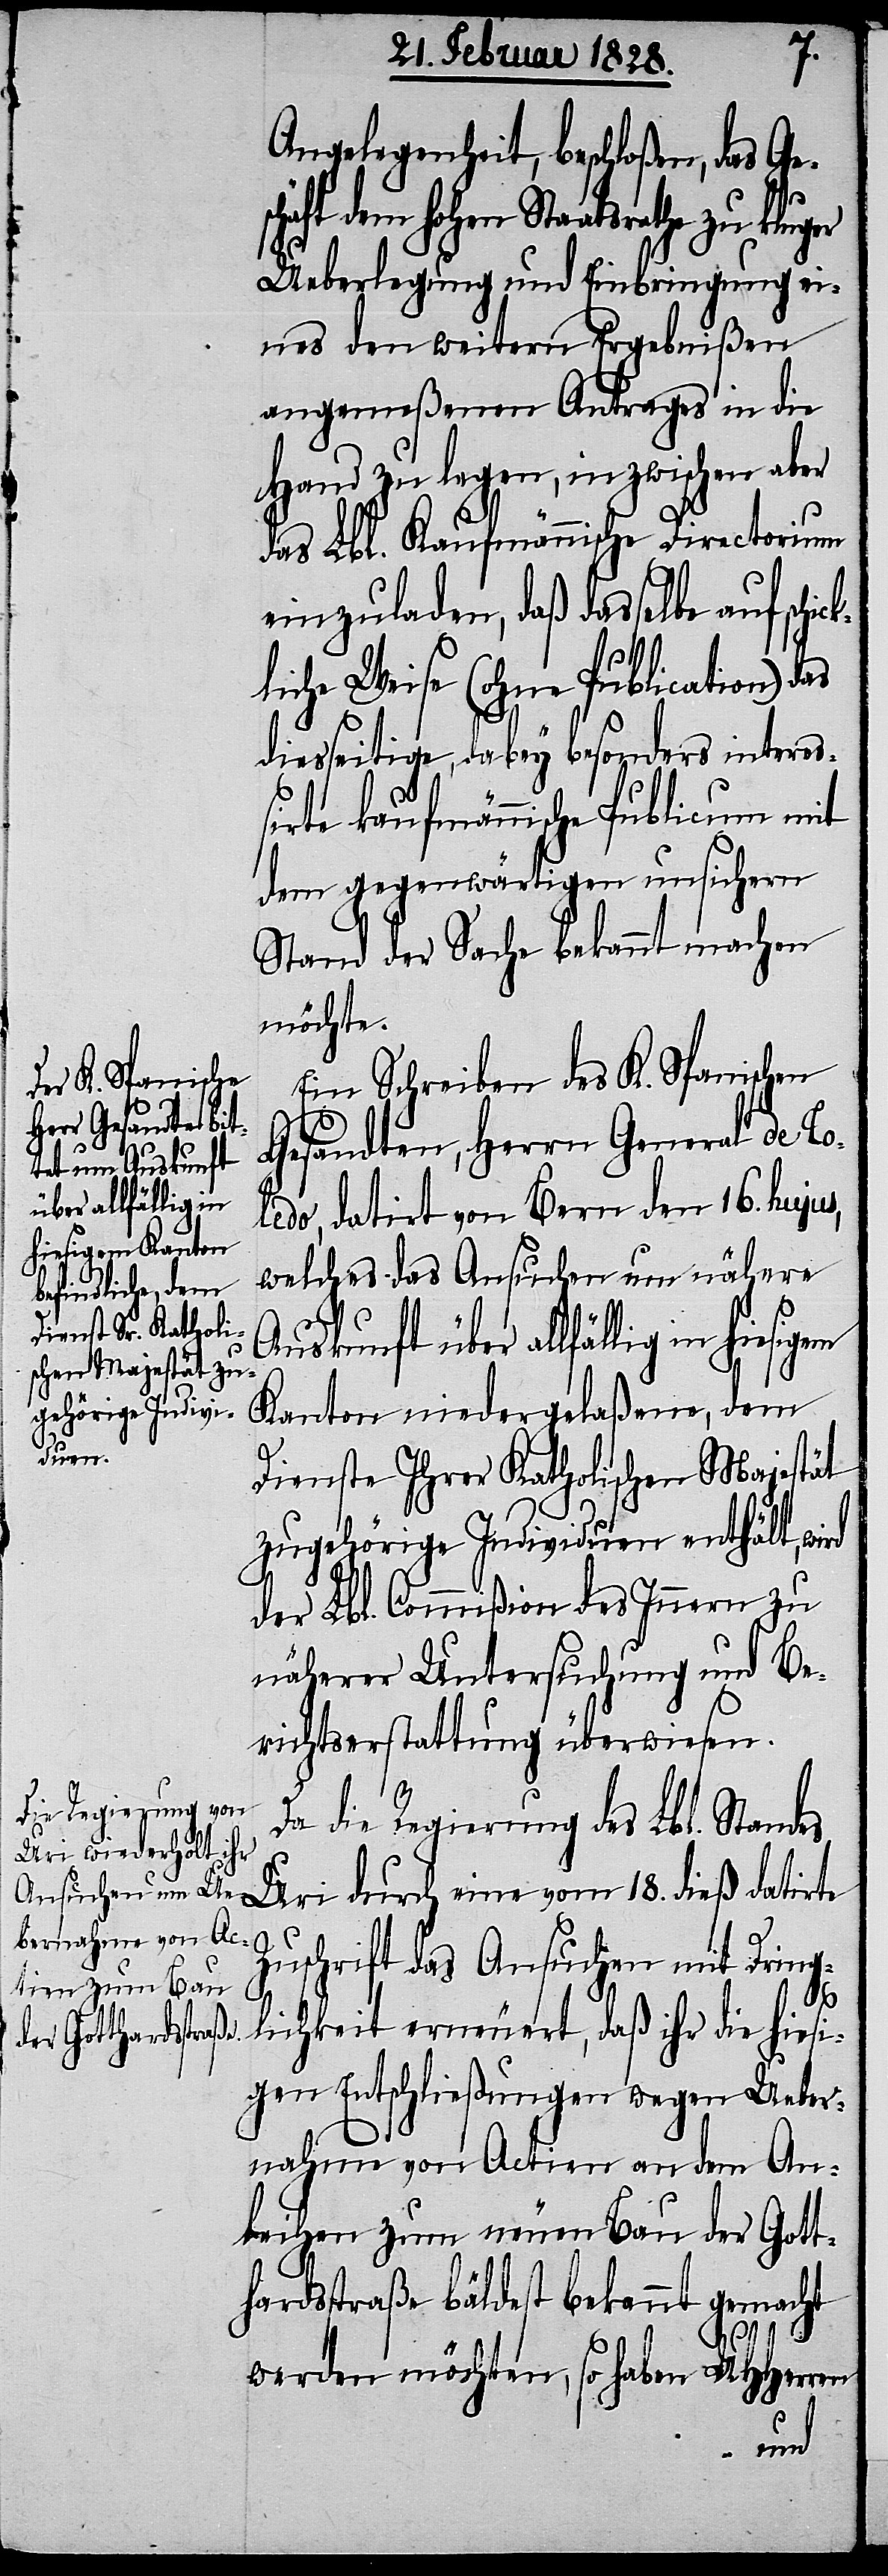
ck¬
Angelegenheit, beschloßen, das Ge¬
schäft dem hohen Staatsrathe zu kluger
Ueberlegung und Einbringung ei¬
nes den weitern Ergebnißen
angemeßenen Antrages in die
Hand zu legen, inzwischen aber
das Lbl. Kaufmännische Directorium
einzuladen, daß dasselbe auf schi¬
liche Weise (ohne Publication) das
diesseitige, dabey besonders intere¬
ßirte kaufmännische Publicum mit
dem gegenwärtigen unsichern
Stand der Sache bekannt machen
möchte.
Ein Schreiben des K. Spanischen
Gesandten, Herrn General de To¬
ledo, datirt von Bern den 16. hujus,
welches das Ansuchen um nähere
Auskunft über allfällig in
Kanton niedergelaßene, dem
Dienste Ihrer Katholischen Majestät
zugehörige Individuen enthält, wird
der Lbl. Commißion des Innern zu
näherer Untersuchung und Be¬
richtserstattung überwiesen.
Da die Regierung des Lbl. Standes
Uri durch eine vom 18. dieß datirte
Zuschrift das Ansuchen mit Dringl¬
ichkeit erneuert, daß ihr die hiesi¬
gen Entschließungen wegen Ueber¬
nahme von Actien an dem An¬
leihen zum neuen Bau der Gott¬
hardstraße bäldest bekannt gemacht
werden möchten, so haben UHHerren